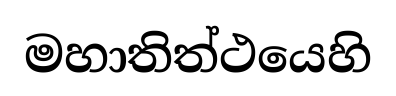
මහාතිත්ථයෙහි